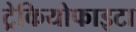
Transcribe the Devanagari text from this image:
ट्रेकियोफाइटा